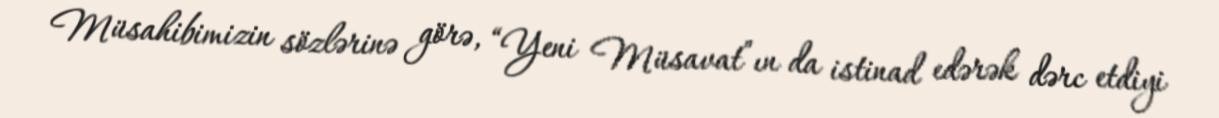
Müsahibimizin sözlərinə görə, “Yeni Müsavat”ın da istinad edərək dərc etdiyi